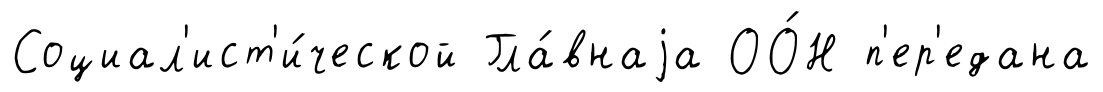
Социал'ист'и́ческой Гла́внаjа ОО́Н п'ер'едана